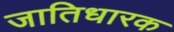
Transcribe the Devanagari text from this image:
जातिधारक